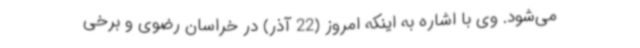
می‌شود. وی با اشاره به اینکه امروز (22 آذر) در خراسان رضوی و برخی